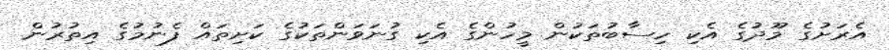
އެރަށުގެ މޫދުގެ އެކި ހިސާބުތަކުން މީހުންގެ އެކި ގުނަވަންތަކުގެ ކަށިތައް ފެނުމުގެ އިތުރުން